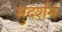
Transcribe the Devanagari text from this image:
सुदर्शनं